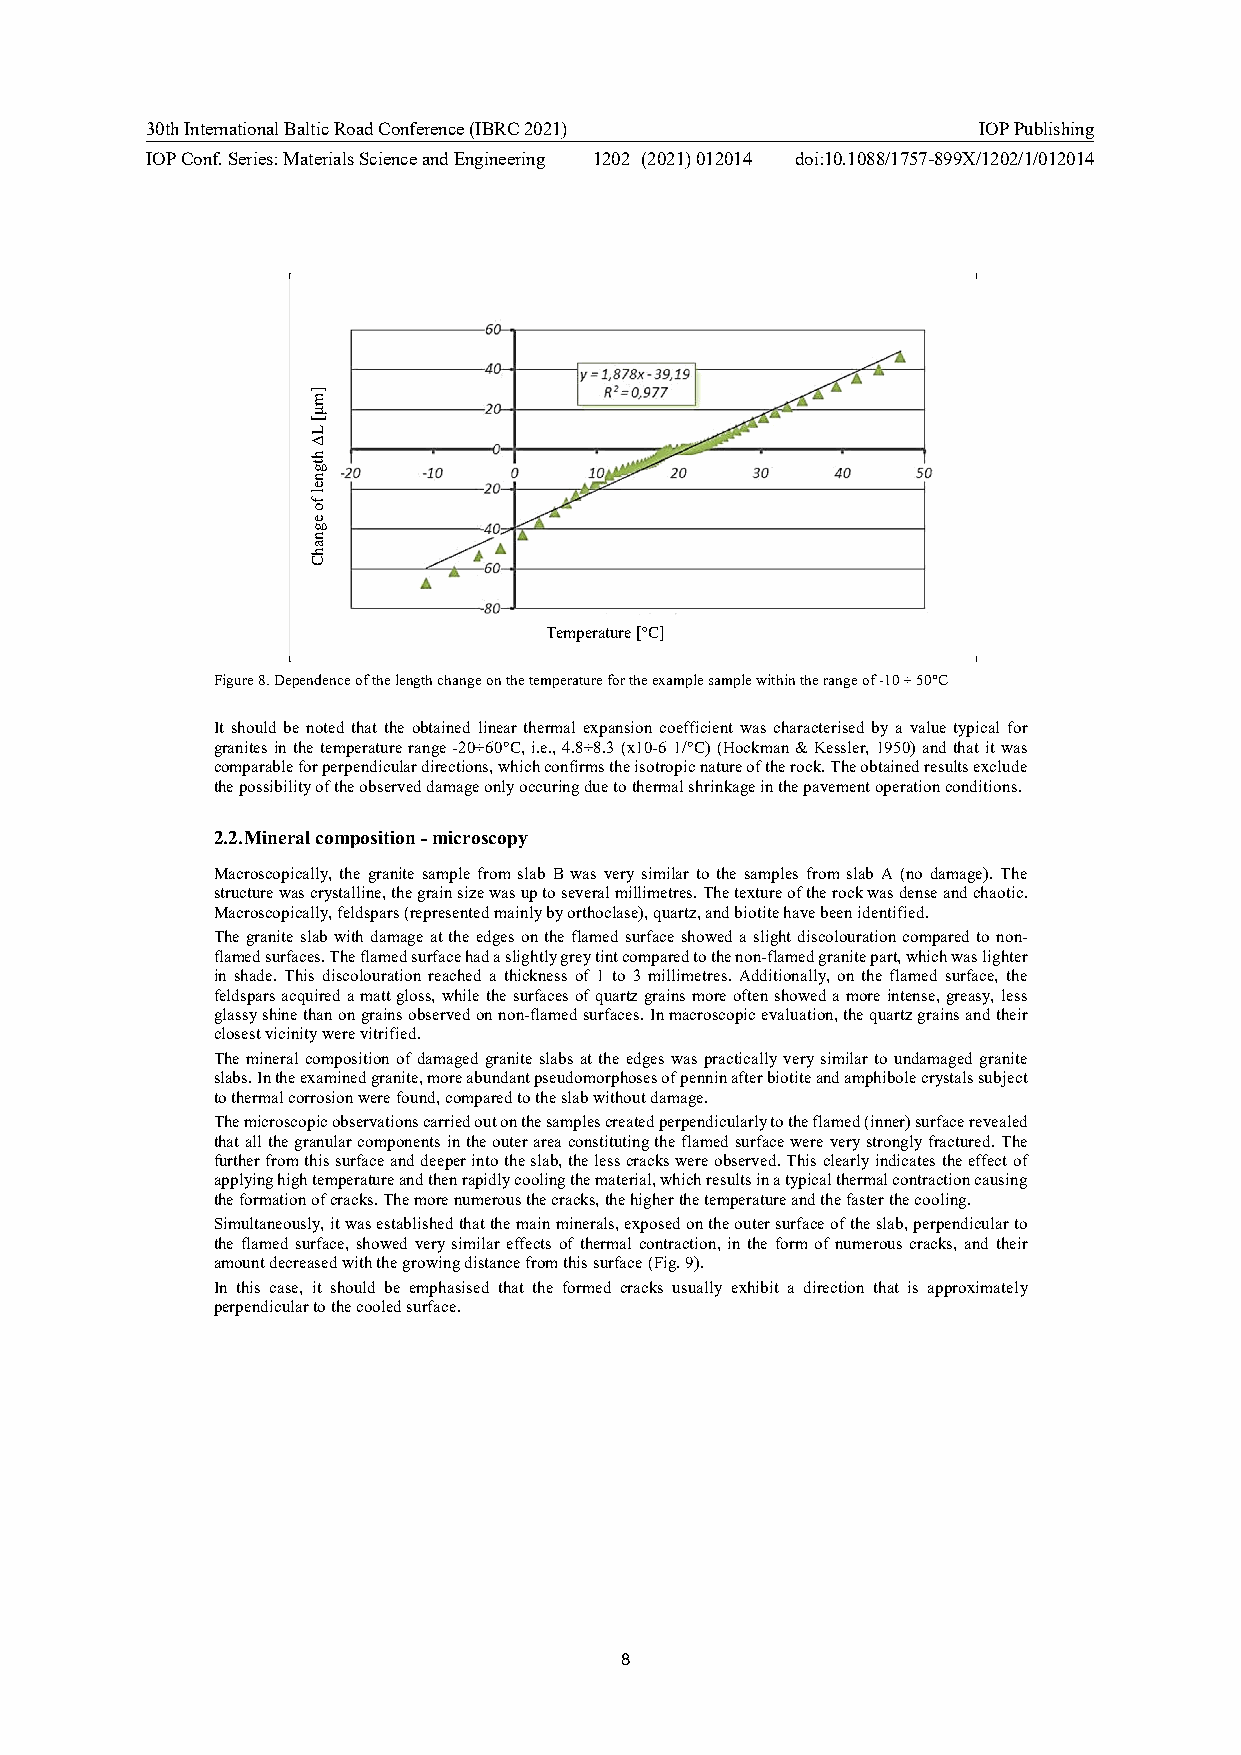
30th International Baltic Road Conference (IBRC 2021)  IOP Publishing
 IOP Conf. Series: Materials Science and Engineering 1202 (2021) 012014 doi:10.1088/1757-899X/1202/1/012014
 Temperature [ºC]
 Figure 8. Dependence of the length change on the temperature for the example sample within the range of -10 ÷ 50°C
 It should be noted that the obtained linear thermal expansion coefficient was characterised by a value typical for
 granites in the temperature range -20÷60°C, i.e., 4.8÷8.3 (x10-6 1/°C) (Hockman & Kessler, 1950) and that it was
 comparable for perpendicular directions, which confirms the isotropic nature of the rock. The obtained results exclude
 the possibility of the observed damage only occuring due to thermal shrinkage in the pavement operation conditions.
 2.2. Mineral composition - microscopy
 Macroscopically, the granite sample from slab B was very similar to the samples from slab A (no damage). The
 structure was crystalline, the grain size was up to several millimetres. The texture of the rock was dense and chaotic.
 Macroscopically, feldspars (represented mainly by orthoclase), quartz, and biotite have been identified.
 The granite slab with damage at the edges on the flamed surface showed a slight discolouration compared to non-
 flamed surfaces. The flamed surface had a slightly grey tint compared to the non-flamed granite part, which was lighter
 in shade. This discolouration reached a thickness of 1 to 3 millimetres. Additionally, on the flamed surface, the
 feldspars acquired a matt gloss, while the surfaces of quartz grains more often showed a more intense, greasy, less
 glassy shine than on grains observed on non-flamed surfaces. In macroscopic evaluation, the quartz grains and their
 closest vicinity were vitrified.
 The mineral composition of damaged granite slabs at the edges was practically very similar to undamaged granite
 slabs. In the examined granite, more abundant pseudomorphoses of pennin after biotite and amphibole crystals subject
 to thermal corrosion were found, compared to the slab without damage.
 The microscopic observations carried out on the samples created perpendicularly to the flamed (inner) surface revealed
 that all the granular components in the outer area constituting the flamed surface were very strongly fractured. The
 further from this surface and deeper into the slab, the less cracks were observed. This clearly indicates the effect of
 applying high temperature and then rapidly cooling the material, which results in a typical thermal contraction causing
 the formation of cracks. The more numerous the cracks, the higher the temperature and the faster the cooling.
 Simultaneously, it was established that the main minerals, exposed on the outer surface of the slab, perpendicular to
 the flamed surface, showed very similar effects of thermal contraction, in the form of numerous cracks, and their
 amount decreased with the growing distance from this surface (Fig. 9).
 In this case, it should be emphasised that the formed cracks usually exhibit a direction that is approximately
 perpendicular to the cooled surface.
 8
 ]mμ[
 LΔ
 htgnel
 fo
 egnahC